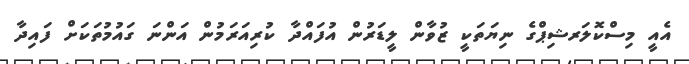
އެއީ މިސްކޮލަރޝިޕްގެ ނިޔަތަކީ ޒުވާން ލީޑަރުން އުފައްދާ ކުރިއަރަމުން އަންނަ ގައުމުތަކަށް ފައިދާ